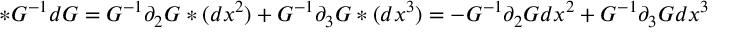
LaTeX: * G ^ { - 1 } d G = G ^ { - 1 } \partial _ { 2 } G * ( d x ^ { 2 } ) + G ^ { - 1 } \partial _ { 3 } G * ( d x ^ { 3 } ) = - G ^ { - 1 } \partial _ { 2 } G d x ^ { 2 } + G ^ { - 1 } \partial _ { 3 } G d x ^ { 3 }